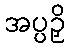
အပ္ပဉှိ